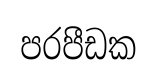
පරපීඩක